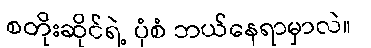
စတိုးဆိုင်ရဲ့ ပုံစံ ဘယ်နေရာမှာလဲ။